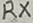
Text: RX